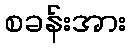
စခန်းအား